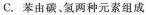
C. 苯由碳、氢两种元素组成